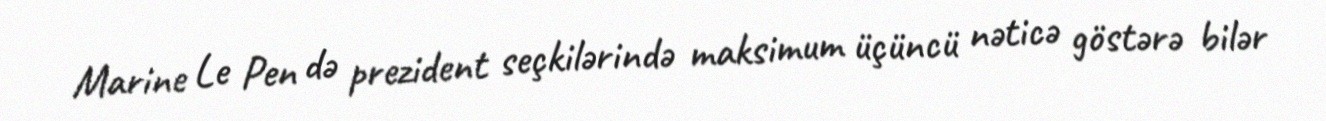
Marine Le Pen də prezident seçkilərində maksimum üçüncü nəticə göstərə bilər